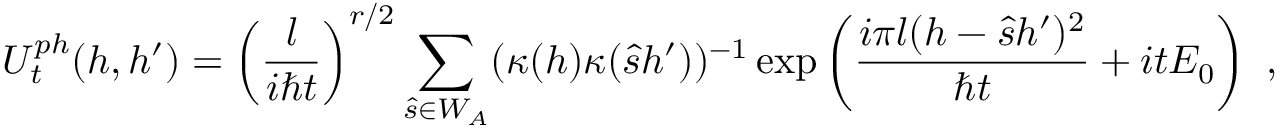
U _ { t } ^ { p h } ( h , h ^ { \prime } ) = \left( \frac { l } { i \hbar t } \right) ^ { r / 2 } \sum _ { \hat { s } \in W _ { A } } ( \kappa ( h ) \kappa ( \hat { s } h ^ { \prime } ) ) ^ { - 1 } \exp \left( \frac { i \pi l ( h - \hat { s } h ^ { \prime } ) ^ { 2 } } { \hbar t } + i t E _ { 0 } \right) \ ,